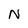
Character: N